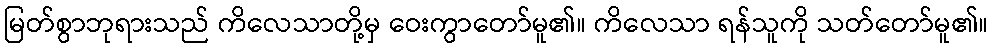
မြတ်စွာဘုရားသည် ကိလေသာတို့မှ ဝေးကွာတော်မူ၏။ ကိလေသာ ရန်သူကို သတ်တော်မူ၏။